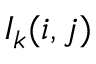
I _ { k } ( i , j )